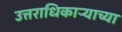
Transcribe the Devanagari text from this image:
उत्तराधिकाऱ्याच्या